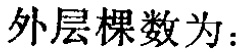
外层棵数为：